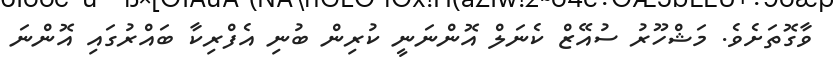
ވާގޮތަށެވެ. މަޝްހޫރު ސުއޭޒް ކެނަލް އޮންނަނީ ކުރިން ބުނި އެފްރިކާ ބައްރުގައި އޮންނަ